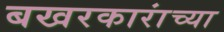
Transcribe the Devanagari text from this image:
बखरकारांच्या